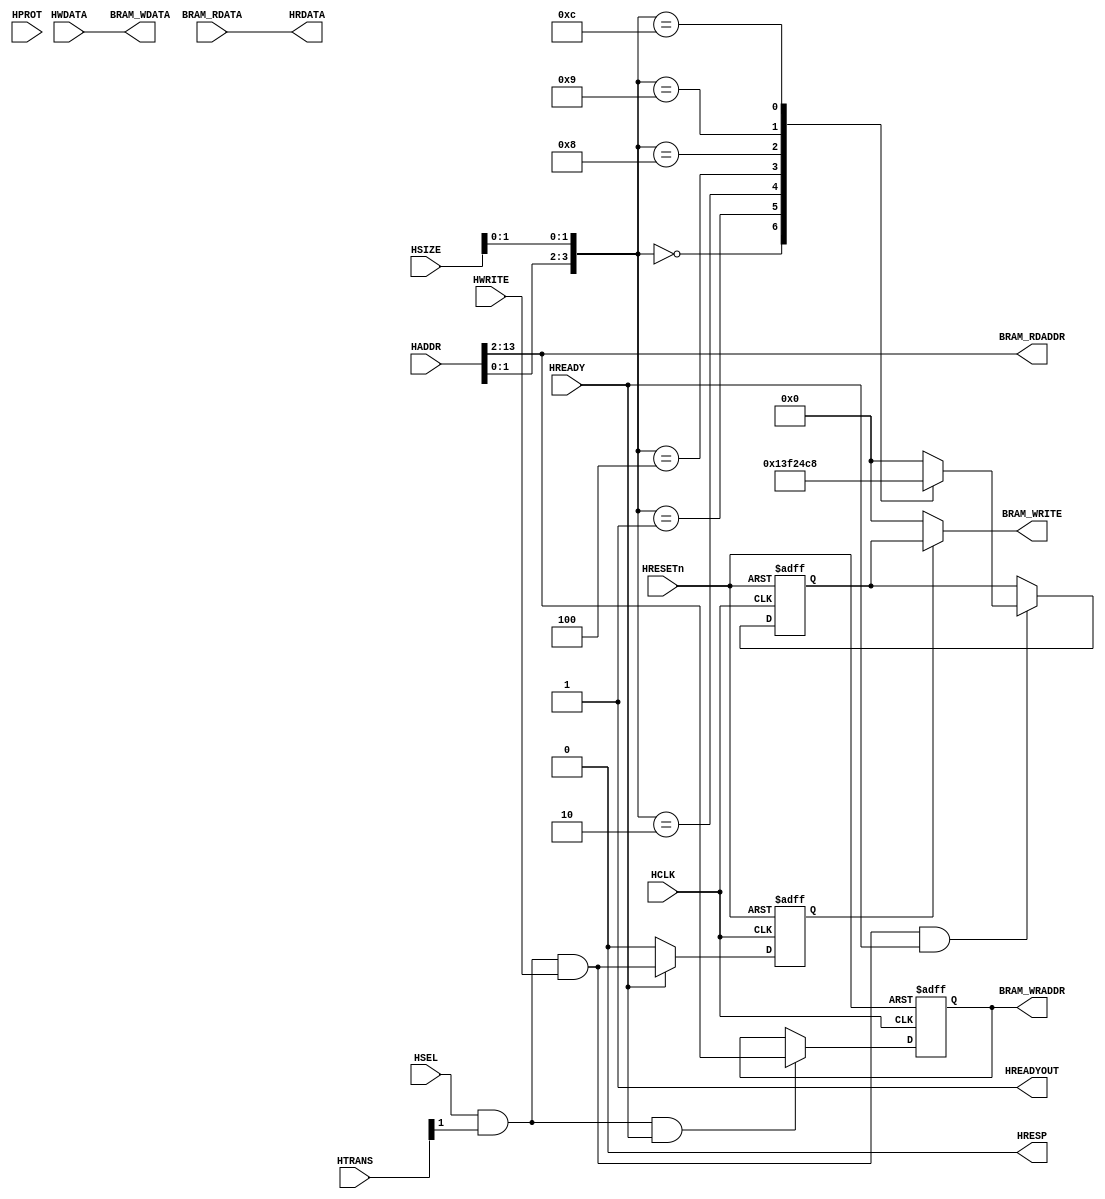
/*
 * @Author: Xuejian Sun 
 * @Date: 2023-02-23 13:18:26 
 * @Last Modified by:   Xuejian Sun 
 * @Last Modified time: 2023-02-23 13:18:26 
 */

module AHBlite_Block_RAM #(
    parameter                       ADDR_WIDTH = 12)(
    input  wire                     HCLK,    
    input  wire                     HRESETn, 
    input  wire                     HSEL,    
    input  wire   [31:0]            HADDR,   
    input  wire   [1:0]             HTRANS,  
    input  wire   [2:0]             HSIZE,   
    input  wire   [3:0]             HPROT,   
    input  wire                     HWRITE,  
    input  wire   [31:0]            HWDATA,   
    input wire                      HREADY, 
    output wire                     HREADYOUT, 
    output wire   [31:0]            HRDATA,  
    output wire                     HRESP,
    output wire   [ADDR_WIDTH-1:0]  BRAM_RDADDR,
    output wire   [ADDR_WIDTH-1:0]  BRAM_WRADDR,
    input  wire   [31:0]            BRAM_RDATA,
    output wire   [31:0]            BRAM_WDATA,
    output wire   [3:0]             BRAM_WRITE
);

  assign HRESP = 1'b0;
  assign HRDATA = BRAM_RDATA;

  wire trans_en;
  assign trans_en = HSEL & HTRANS[1];

  wire write_en;
  assign write_en = trans_en & HWRITE;

  wire read_en;
  assign read_en = trans_en & (~HWRITE);

  reg [3:0] size_dec;
  always@(*) begin
    case({HADDR[1:0],HSIZE[1:0]})
      4'h0 : size_dec = 4'h1;
      4'h1 : size_dec = 4'h3;
      4'h2 : size_dec = 4'hf;
      4'h4 : size_dec = 4'h2;
      4'h8 : size_dec = 4'h4;
      4'h9 : size_dec = 4'hc;
      4'hc : size_dec = 4'h8;
      default : size_dec = 4'h0;
    endcase
  end

  reg [3:0] size_reg;
  always@(posedge HCLK or negedge HRESETn) begin
    if(~HRESETn) size_reg <= 0;
    else if(write_en & HREADY) size_reg <= size_dec;
  end


  reg [ADDR_WIDTH-1:0] addr_reg;
  always@(posedge HCLK or negedge HRESETn) begin
    if(~HRESETn) addr_reg <= 0;
    else if(trans_en & HREADY) addr_reg <= HADDR[(ADDR_WIDTH+1):2];
  end


  reg wr_en_reg;

  always@(posedge HCLK or negedge HRESETn) begin
    if(~HRESETn) wr_en_reg <= 1'b0;
    else if(HREADY) wr_en_reg <= write_en;
    else wr_en_reg <= 1'b0;
  end

  assign BRAM_RDADDR = HADDR[(ADDR_WIDTH+1):2];
  assign BRAM_WRADDR  = addr_reg;
  assign HREADYOUT = 1'b1;
  assign BRAM_WRITE = wr_en_reg ? size_reg : 4'h0;
  assign BRAM_WDATA = HWDATA;

endmodule